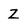
Character: z